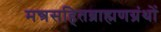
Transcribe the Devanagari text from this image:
मन्त्रसहितब्राह्मणग्रंथों